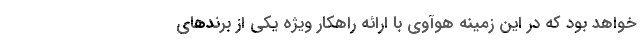
خواهد بود که در این زمینه هوآوی با ارائه راهکار ویژه یکی از برندهای